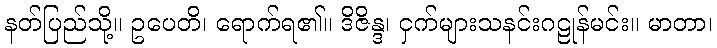
နတ်ပြည်သို့။ ဥပေတိ၊ ရောက်ရ၏။ ဒိဇိန္ဒ၊ ငှက်များသနင်းဂဠုန်မင်း။ မာတာ၊